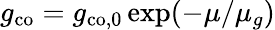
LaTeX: g_{\mathrm{co}}=g_{\mathrm{co,0}}\exp(-\mu/\mu_{g})